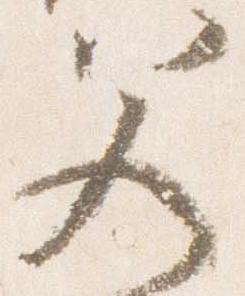
父